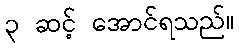
၃ ဆင့် အောင်ရသည်။